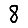
Digit: 8